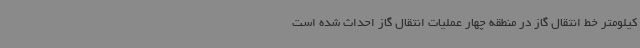
کیلومتر خط انتقال گاز در منطقه چهار عملیات انتقال گاز احداث شده است